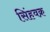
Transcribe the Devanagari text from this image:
सिंहवक्र